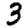
Digit: 3